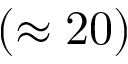
( \approx 2 0 )